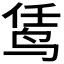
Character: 𬸊